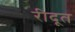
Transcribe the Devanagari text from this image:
रीदूत